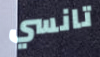
تانسي